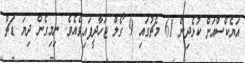
އަޔެކްސްއަށް ކުޅެދިން 61 މެޗުގައި 9 ގޯލް ޖަހާދީފައިވެއެވެ. ނިމިގެން ދިޔަ ޑަޗް